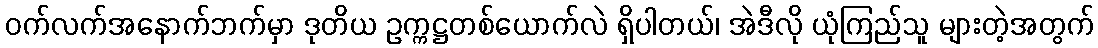
ဝက်လက်အနောက်ဘက်မှာ ဒုတိယ ဥက္ကဋ္ဌတစ်ယောက်လဲ ရှိပါတယ်၊ အဲဒီလို ယုံကြည်သူ များတဲ့အတွက်